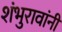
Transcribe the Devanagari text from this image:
शंभुरावांनी